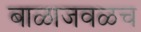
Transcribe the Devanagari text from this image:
बाळाजवळच